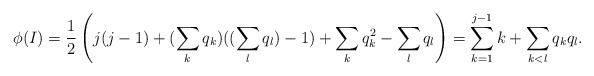
LaTeX: \begin{align*}\phi(I)=\frac{1}{2}\left(j(j-1)+(\sum_k q_k)((\sum_l q_l)-1)+\sum_k q_k^2-\sum_l q_l \right)=\sum_{k=1}^{j-1} k+\sum_{k<l} q_kq_l.\end{align*}